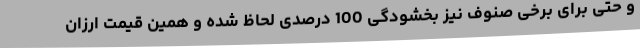
و حتی برای برخی صنوف نیز بخشودگی 100 درصدی لحاظ شده و همین قیمت ارزان